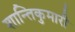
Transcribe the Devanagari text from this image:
शान्तिकुमारी